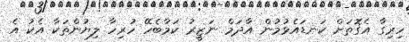
ހިރިގާ އެގޮތަށް ކަނޑައެޅުމުން އާދަމް ނަޒީރު ކަމާބެހޭ ހުރިހާ ލިޔުންތަކާ އެކު އެ